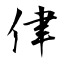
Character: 侓